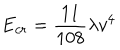
E _ { c r } = { \frac { 1 1 } { 1 0 8 } } \lambda v ^ { 4 }